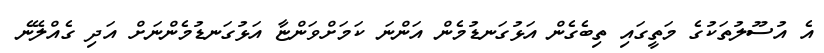
އެ އުސޫލުތަކުގެ މަތީގައި ތިބެގެން އަޅުގަނޑުމެން އަންނަ ކަމަށްވަންޏާ އަޅުގަނޑުމެންނަށް އަދި ގެއްލޭނެ